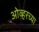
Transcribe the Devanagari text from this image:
ओव्हरच्या